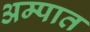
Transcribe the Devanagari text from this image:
अम्पात